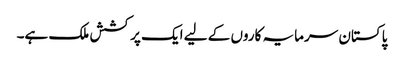
پاکستان سرمایہ کاروں کے لیے ایک پرکشش ملک ہے۔